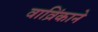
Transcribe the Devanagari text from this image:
वाव्रिंकाने